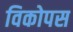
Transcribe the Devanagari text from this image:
विकोपस